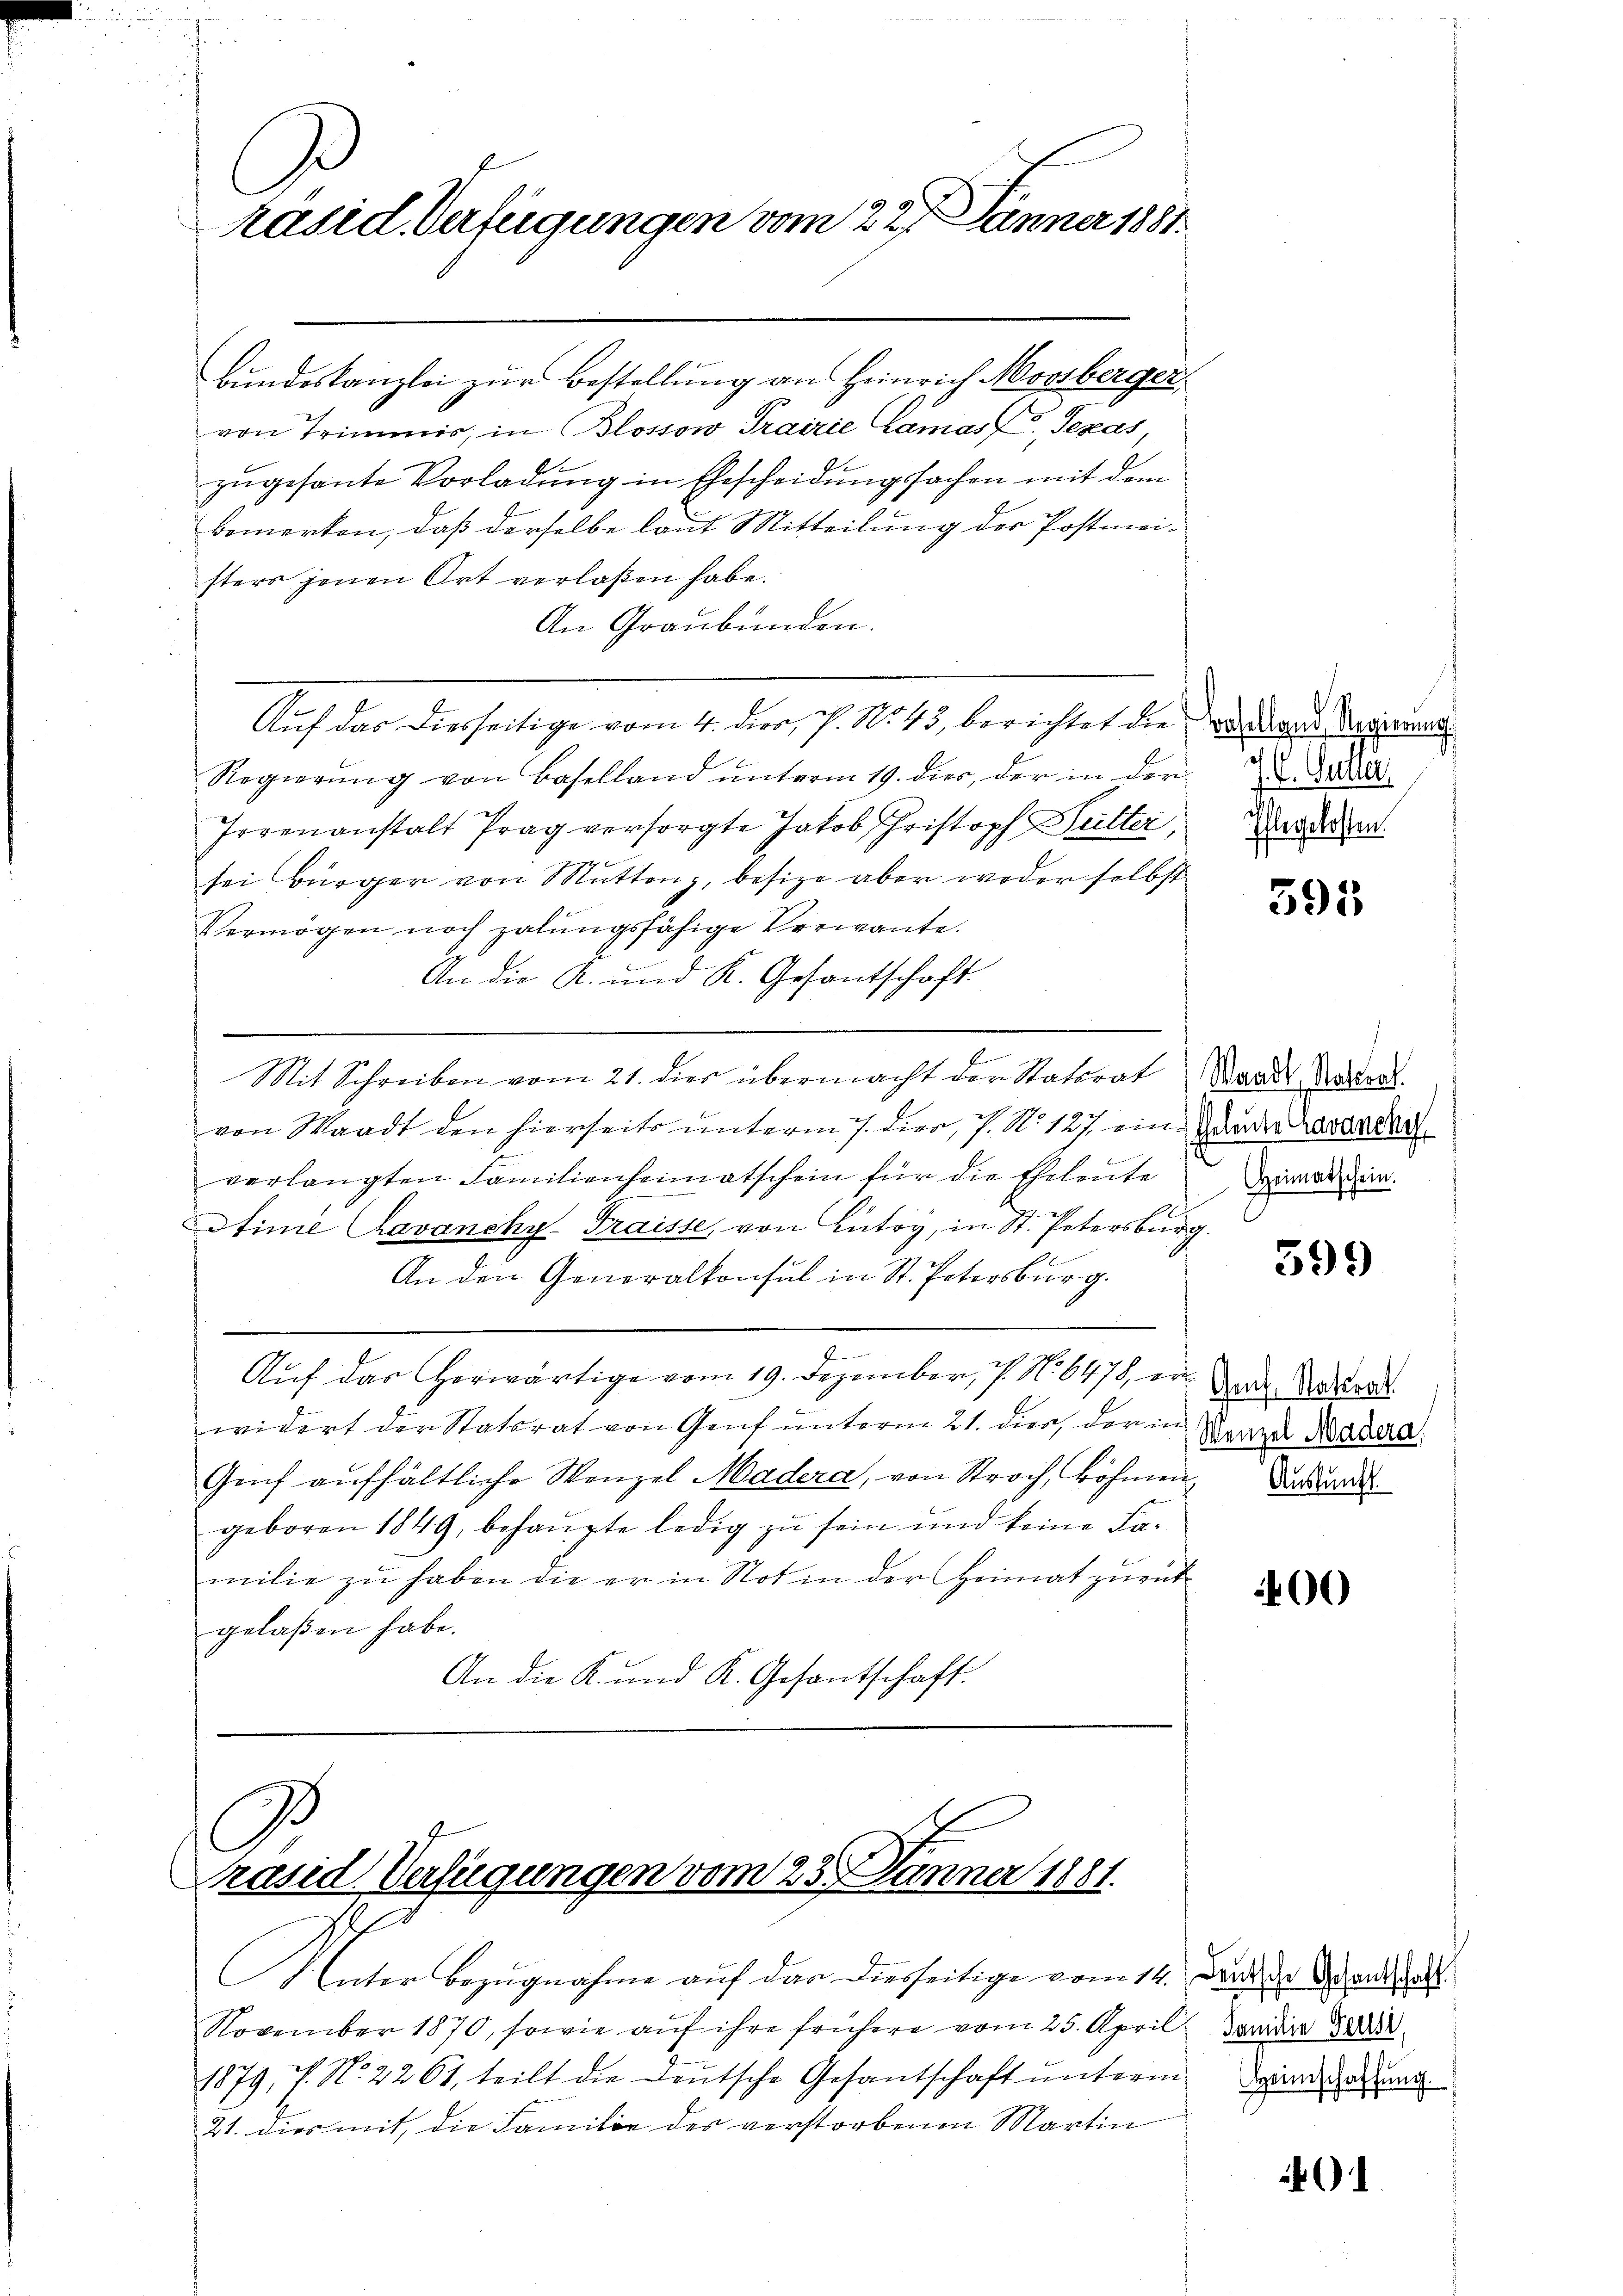
käsid. Verfügungen vom 227. Jänner 1881.

Bundeskanzlei zur Bestellung an Heinrich Moosberger,
von Trimmis, in Blossow, Trairie Lamas Texas,
zŭgesante Vorladung in Ehescheidungssachen mit dem
bemerken, daß derselbe laut Mitteilung der Postmeisters jenen Ort verlaßen habe.
An Graubünden.
Auf das Diesseitige vom 4. dies, P. No 43, berichtet die Badans Regierung
Regierŭng von Baselland ŭnterm 19. dies, der in der da
Irrenanstalt Prag versorgte Jakob Schristoph Sutter, Verden.
sei Bürger von Mutten, besize aber weder selbst
Vermögen noch zalungsfähige Verwante.
An die K. und K. Gesantschaft
Mit Schreiben vom 21. dies übermacht der Statorat Waadt Andert.

1
von Waadt den hierseits unterm 7. dier, 7. No 121. eine Guader Lavarire
E
verlangten Familienheimatschein für die Eheleute
Stime Cavanchy Fraisse, von Lutry, in St. Petersburg.
An den Generalkonsul in St. Petersburg.
Auf das herwärtige vom 19. Dezember, 7. No. 6478, erwidert der Statsrat von Genf unterm 21. dies, der in
Genf aufhältliche Wenzel Madera, von Strach, Böhmen, da
geboren 1849, behaupte ledig zu sein und keine Familie zu haben die er in Not in der Heimat zurück
gelaßen habe.
An die K. und K. Gesantschaft.

Präsid Verfügungen vom 25. Jänner 1881.

Unter Bezugnahme auf das diesseitige vom 14. Der der ande
November 1870, sowie auf ihre frühere vom 25. April Januar 1848
1879, 7. No. 2261, teilt die Deutsche Gesantschaft unterm
21. dies mit, die Familie des verstorbenen Martin

595

Heimatschein.

599

Genf, Naturat
Wenzel Madera

400

Heimschaffung

401